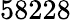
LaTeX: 58228